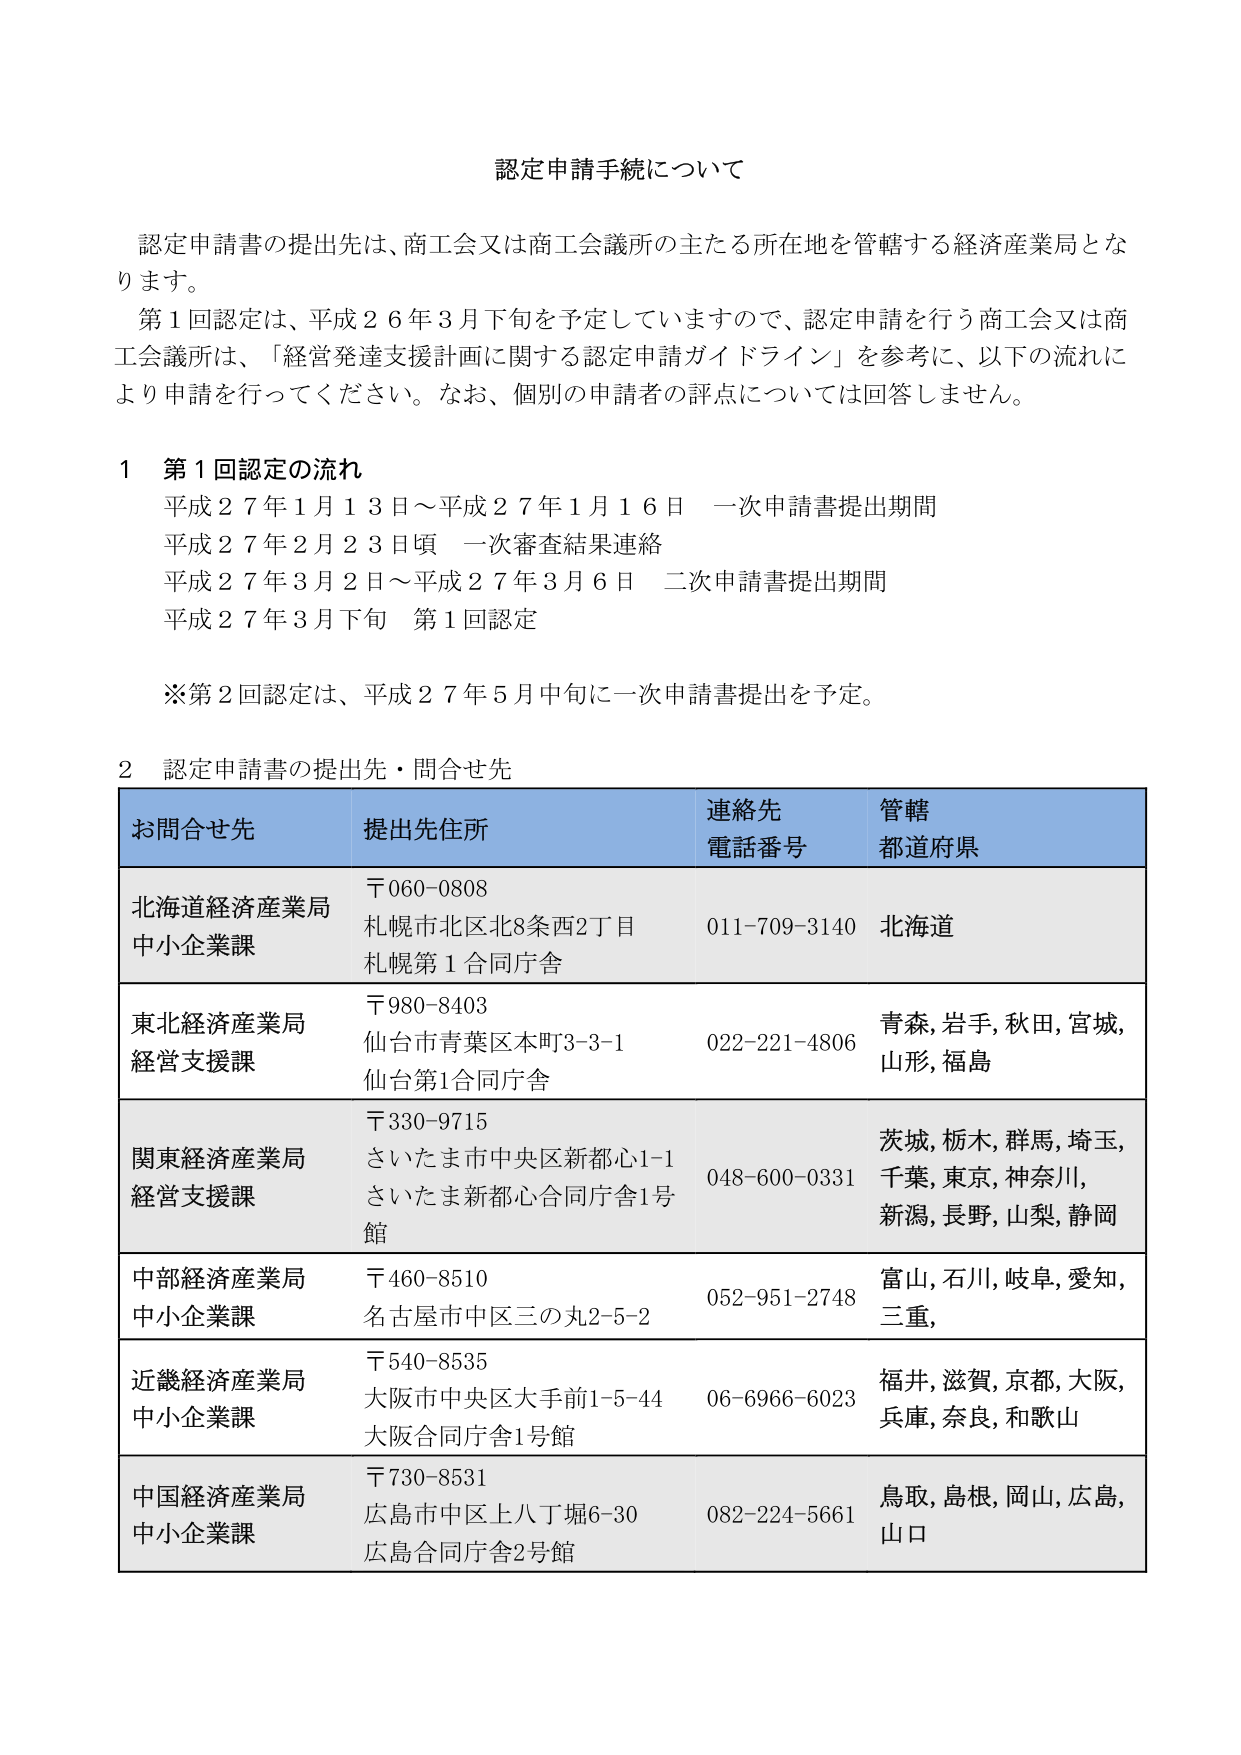
認定申請手続について

認定申請書の提出先は、商工会又は商工会議所の主たる所在地を管轄する経済産業局となります。

第1回認定は、平成26年3月下旬を予定していますので、認定申請を行う商工会又は商工会議所は、「経営発達支援計画に関する認定申請ガイドライン」を参考に、以下の流れにより申請を行ってください。なお、個別の申請者の評点については回答しません。

1 第1回認定の流れ
平成27年1月13日～平成27年1月16日 一次申請書提出期間
平成27年2月23日頃 一次審査結果連絡
平成27年3月2日～平成27年3月6日 二次申請書提出期間
平成27年3月下旬 第1回認定

※第2回認定は、平成27年5月中旬に一次申請書提出を予定。

2 認定申請書の提出先・問合せ先

お問合せ先　提出先住所　連絡先電話番号　管轄都道府県
北海道経済産業局中小企業課　〒060-0808 札幌市北区北8条西2丁目 札幌第1合同庁舎　011-709-3140　北海道
東北経済産業局経営支援課　〒980-8403 仙台市青葉区本町3-3-1 仙台第1合同庁舎　022-221-4806　青森, 岩手, 秋田, 宮城, 山形, 福島
関東経済産業局経営支援課　〒330-9715 さいたま市中央区新都心1-1 さいたま新都心合同庁舎1号館　048-600-0331　茨城, 栃木, 群馬, 埼玉, 千葉, 東京, 神奈川, 新潟, 長野, 山梨, 静岡
中部経済産業局中小企業課　〒460-8510 名古屋市中区三の丸2-5-2　052-951-2748　富山, 石川, 岐阜, 愛知, 三重
近畿経済産業局中小企業課　〒540-8535 大阪市中央区大手前1-5-44 大阪合同庁舎1号館　06-6966-6023　福井, 滋賀, 京都, 大阪, 兵庫, 奈良, 和歌山
中国経済産業局中小企業課　〒730-8531 広島市中区上八丁堀6-30 広島合同庁舎2号館　082-224-5661　鳥取, 島根, 岡山, 広島, 山口